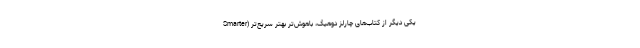
یکی دیگر از کتاب‌های چارلز دوهیگ، باهوش‌تر بهتر سریع‌تر (Smarter